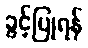
ခွင့်ပြုရန်